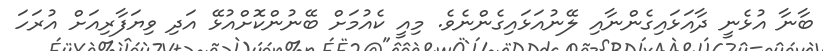
ބާނާ އުޅެނީ ދާއަޅައިގެންނާއި ލޭނުއަޅައިގެންނެވެ. މިއީ ކެއުމަށް ބޭނުންކޮށްއުޅޭ އަދި ވިޔަފާރިއަށް އުރަހަ